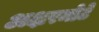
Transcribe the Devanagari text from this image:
अक्षरमोटे